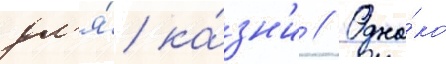
дл'я́ ка́зн'и // Одна́ко